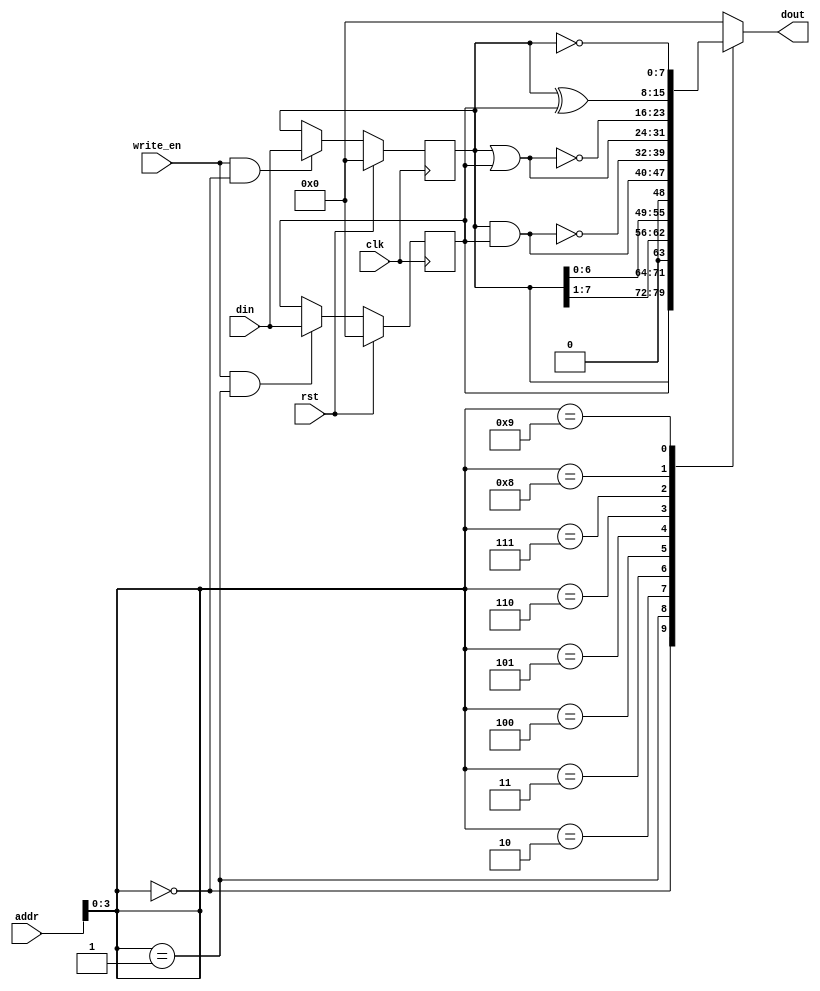
// This program was cloned from: https://github.com/adumont/hrm-cpu
// License: GNU General Public License v3.0

`default_nettype none

// Extended ALU
// Other operations that were not present in the original HRM-CPU

module XALU #(
        parameter BASE_ADDR = 8'b 0000_1111,
        data_width = 8
    ) (
        input wire clk,
        input wire [7:0] addr,
        input wire write_en,
        input wire rst,
        input wire [7:0] din,
        output reg [7:0] dout
    );

    reg [data_width-1:0] a0, a1;

    // a0 register
    always @(posedge clk)
    begin
        if( rst ) a0 <= 8'b 0;
        else if( write_en && addr[3:0] == 4'h0 ) a0 <= din;
        else a0 <= a0;
    end

    // a1 register
    always @(posedge clk)
    begin
        if( rst ) a1 <= 8'b 0;
        else if( write_en && addr[3:0] == 4'h1 ) a1 <= din;
        else a1 <= a1;
    end

    // combination logic for outputs
    always @(*) 
    begin
        case(addr[3:0])
            4'd0: dout = a0;
            4'd1: dout = a1;
            4'd2: dout = a0 >> 1;      // A0 >> 1
            4'd3: dout = a0 << 1;      // A0 << 1
            4'd4: dout = a0 & a1;      // AND
            4'd5: dout = ~( a0 & a1);  // NAND
            4'd6: dout = a0 | a1;      // OR
            4'd7: dout = ~( a0 | a1);  // NOR
            4'd8: dout = a0 ^ a1;      // XOR
            4'd9: dout = ~a0 ;         // NOT(A0)
            default: dout = 8'b 0;
        endcase
    end

endmodule